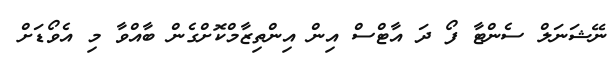
ނޭޝަނަލް ސެންޓާ ފޯ ދަ އާޓްސް އިން އިންތިޒާމްކޮށްގެން ބާއްވާ މި އެވޯޑަށް